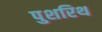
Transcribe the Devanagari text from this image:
पुशरिथ